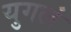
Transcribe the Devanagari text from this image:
युगलं